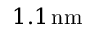
1 . 1 \, \mathrm { n m }